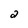
Character: a